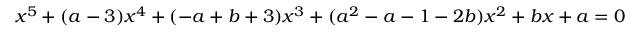
x ^ { 5 } + ( a - 3 ) x ^ { 4 } + ( - a + b + 3 ) x ^ { 3 } + ( a ^ { 2 } - a - 1 - 2 b ) x ^ { 2 } + b x + a = 0